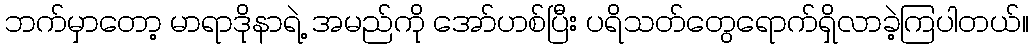
ဘက်မှာတော့ မာရာဒိုနာရဲ့ အမည်ကို အော်ဟစ်ပြီး ပရိသတ်တွေရောက်ရှိလာခဲ့ကြပါတယ်။